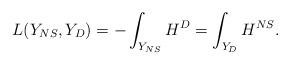
LaTeX: \begin{align*}L(Y_{NS},Y_D) = - \int_{Y_{NS}} H^D = \int_{Y_D} H^{NS}.\end{align*}